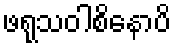
ဖရုသဝါစိနောပိ